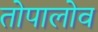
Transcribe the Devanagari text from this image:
तोपालोव